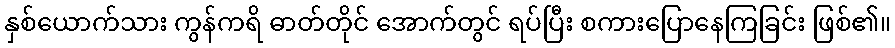
နှစ်ယောက်သား ကွန်ကရိ ဓာတ်တိုင် အောက်တွင် ရပ်ပြီး စကားပြောနေကြခြင်း ဖြစ်၏။